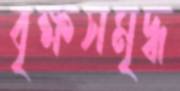
বৃক্ষসমৃদ্ধ